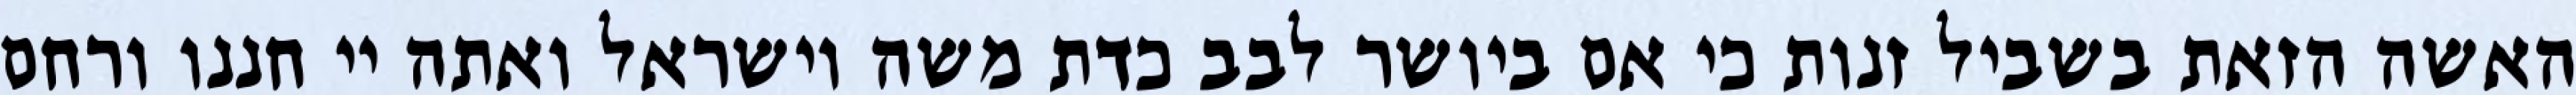
האשה הזאת בשביל זנות כי אם ביושר לבב כדת משה וישראל ואתה יי חננו ורחם